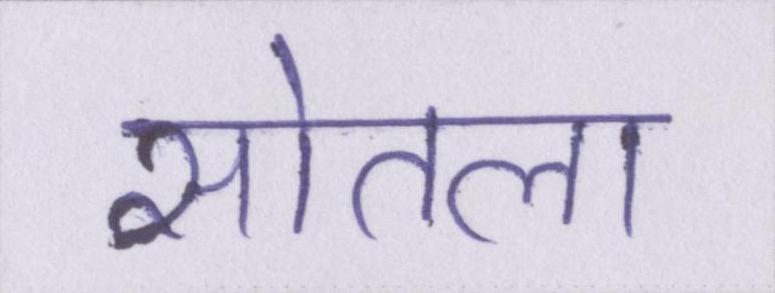
सोतला